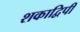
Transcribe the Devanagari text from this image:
शकाद्विपी